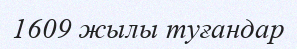
1609 жылы туғандар